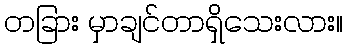
တခြား မှာချင်တာရှိသေးလား။